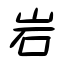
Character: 岩